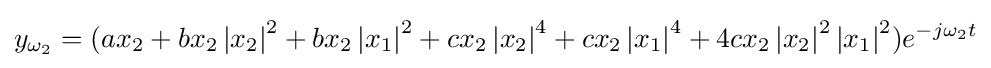
y_{\omega _{2}}=(ax_{2}+bx_{2}\left\vert {x_{2}}\right\vert ^{2}+bx_{2}\left\vert {x_{1}}\right\vert ^{2}+cx_{2}\left\vert {x_{2}}\right\vert ^{4}+cx_{2}\left\vert {x_{1}}\right\vert ^{4}+4cx_{2}\left\vert {x_{2}}\right\vert ^{2}\left\vert {x_{1}}\right\vert ^{2})e^{-j{\omega }_{2}t}